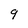
Character: 9